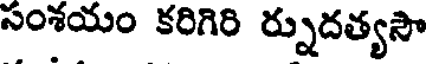
సంశయం కరిగిరి ర్నుదత్యసౌ